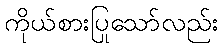
ကိုယ်စားပြုသော်လည်း